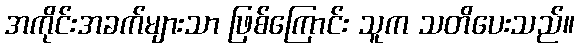
အကိုင်းအခက်များသာ ဖြစ်ကြောင်း သူက သတိပေးသည်။